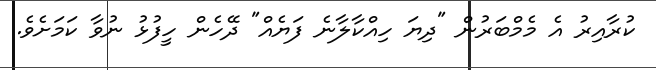
ކުރާއިރު އެ މެމްބަރުން "ދިޔަ ހިއްކާލާނެ ފަޔެއް" ދޭހެން ހީފުޅު ނުވާ ކަމަށެވެ.